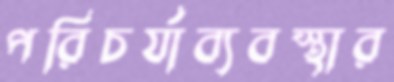
পরিচর্যাব্যবস্থার